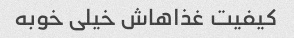
کیفیت غذاهاش خیلی خوبه